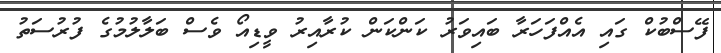
ފޭސްބުކް ގައި އެއްފަހަރާ ބައިވަރު ކަންކަން ކުރާއިރު ވީޑިއޯ ވެސް ބަލާލުމުގެ ފުރުސަތު